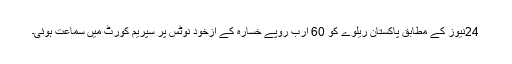
24نیوز کے مطابق پاکستان ریلوے کو 60 ارب روپے خسارہ کے ازخود نوٹس پر سپریم کورٹ میں سماعت ہوئی۔